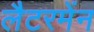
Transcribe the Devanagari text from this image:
लैटरमेंन